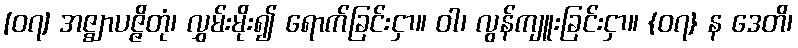
[၀၇] အဇ္ဈာပဇ္ဇိတုံ၊ လွှမ်းမိုး၍ ရောက်ခြင်းငှာ။ ဝါ၊ လွန်ကျူးခြင်းငှာ။ {၀၇} န ဒေတိ၊